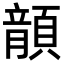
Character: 𩔍